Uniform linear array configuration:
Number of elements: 32
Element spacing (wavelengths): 0.25
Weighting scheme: hann
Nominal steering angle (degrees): -60
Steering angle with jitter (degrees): -60.867
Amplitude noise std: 0.05
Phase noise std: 0.05

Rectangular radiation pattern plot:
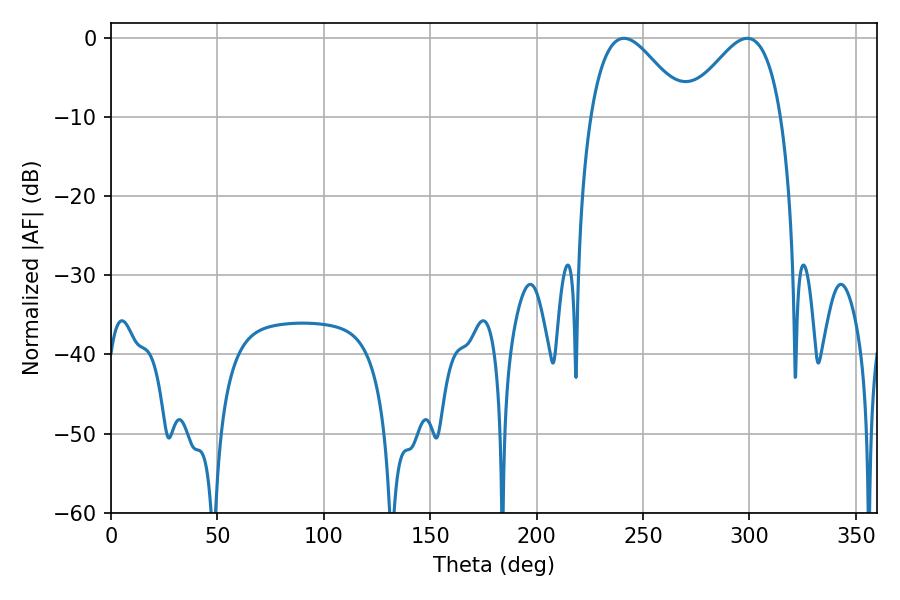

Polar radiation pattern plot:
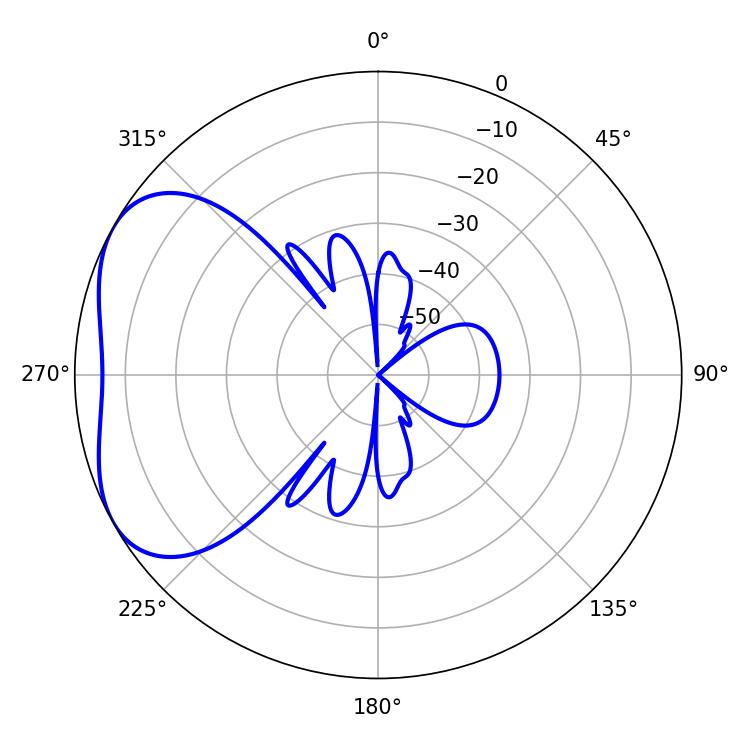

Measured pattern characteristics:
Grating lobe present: FALSE
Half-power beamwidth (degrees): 24.12
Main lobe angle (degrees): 298.98